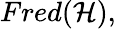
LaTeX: Fred({\mathcal{H}}),